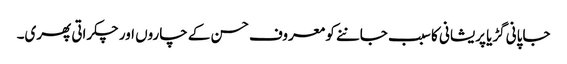
جاپانی گڑیا پریشانی کا سبب جاننے کو معروف حسن کے چاروں اور چکراتی پھری۔